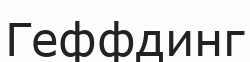
Геффдинг